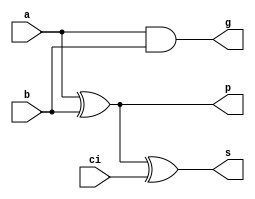
// Variable bit-width carry lookahead adders
//
// TT

module MFA
(
    input   a,
    input   b,
    input   ci,
    output  p,
    output  g,
    output  s
);

    assign g = a & b;
    assign p = a ^ b;
    assign s = p ^ ci;

endmodule

module LA4
(
    input   [3:0]   g,
    input   [3:0]   p,
    input           ci,
    output          G,
    output          P,
    output  [3:0]   co
);

    assign P = &p;
    assign G = g[3] | (g[2] & p[3]) | (g[1] & p[2] & p[3]) | (g[0] & p[1] & p[2] & p[3]);
    assign co[0] = ci;
    assign co[1] = g[0] | (p[0] & ci);
    assign co[2] = g[1] | (g[0] & p[1]) | (p[0] & p[1] & ci);
    assign co[3] = g[2] | (g[1] & p[2]) | (g[0] & p[1] & p[2]) | (p[0] & p[1] & p[2] & ci);

endmodule

module LA2
(
    input   [1:0]   g,
    input   [1:0]   p,
    input           ci,
    output          G,
    output          P,
    output  [1:0]   co
);

    assign P = &p;
    assign G = g[1] | (g[0] & p[1]);
    assign co[0] = ci;
    assign co[1] = g[0] | (p[0] & ci);

endmodule

module cla_adder
#(
    parameter WIDTH = 64
)
(
    input   [WIDTH-1:0]     a,
    input   [WIDTH-1:0]     b,
    input                   ci,
    output  [WIDTH-1:0]     s,
    output                  co
);

    wire    [WIDTH-1:0]     p, g;
    wire    [WIDTH-1:0]     internal_ci;

    MFA mfa_inst [WIDTH-1:0] (a, b, internal_ci, p, g, s);

    generate
        if (WIDTH == 64) begin
            wire    [15:0]      p1, g1, ci1;
            wire    [3:0]       p2, g2, ci2;
            wire                p3, g3;
            
            LA4 layer1 [15:0]   (g, p, ci1, g1, p1, internal_ci);
            LA4 layer2 [3:0]    (g1, p1, ci2, g2, p2, ci1);
            LA4 layer3          (g2, p2, ci, g3, p3, ci2);

            assign co = g3 | (p3 & ci);
        end
        else if (WIDTH == 32) begin
            wire    [7:0]       p1, g1, ci1;
            wire    [1:0]       p2, g2, ci2;
            wire                p3, g3;
            
            LA4 layer1 [7:0]    (g, p, ci1, g1, p1, internal_ci);
            LA4 layer2 [1:0]    (g1, p1, ci2, g2, p2, ci1);
            LA2 layer3          (g2, p2, ci, g3, p3, ci2);

            assign co = g3 | (p3 & ci);
        end
        else if (WIDTH == 16) begin
            wire    [3:0]       p1, g1, ci1;
            wire                p2, g2;
            
            LA4 layer1 [3:0]    (g, p, ci1, g1, p1, internal_ci);
            LA4 layer2          (g1, p1, ci, g2, p2, ci1);
            assign co = g2 | (p2 & ci);
        end
        else if (WIDTH == 8) begin
            wire    [1:0]       p1, g1, ci1;
            wire                p2, g2;
            
            LA4 layer1 [1:0]    (g, p, ci1, g1, p1, internal_ci);
            LA2 layer2          (g1, p1, ci, g2, p2, ci1);
            assign co = g2 | (p2 & ci);
        end
    endgenerate

endmodule

// Baseline design
// uses adders in different bit widths and muxes
module vbw_cla_bsln
(
    input       [63:0]  a,
    input       [63:0]  b,
    input               ci,
    input       [1:0]   control,
    output  reg [63:0]  s,
    output              co
);

    wire    [63:0]      s64, s32, s16, s8;
    wire                controlled_ci;
    wire                controlled_co;

    assign controlled_ci = (control==2'b00)?ci:1'b0;
    assign co = (control==2'b00)?controlled_co:1'b0;

    // 1x 64bit
    cla_adder #(64) add64_0(a, b, controlled_ci, s64, controlled_co);

    // 2x 32bit
    cla_adder #(32) add32_1(a[63:32], b[63:32], 1'b0, s32[63:32], );

    // 4x 16bit
    cla_adder #(16) add16_3(a[63:48], b[63:48], 1'b0, s16[63:48], );
    cla_adder #(16) add16_2(a[31:16], b[31:16], 1'b0, s16[31:16], );

    // 8x 8bit
    cla_adder #(8) add8_7(a[63:56], b[63:56], 1'b0, s8[63:56], );
    cla_adder #(8) add8_6(a[47:40], b[47:40], 1'b0, s8[47:40], );
    cla_adder #(8) add8_5(a[31:24], b[31:24], 1'b0, s8[31:24], );
    cla_adder #(8) add8_4(a[15:8], b[15:8], 1'b0, s8[15:8], );

    always @(*) begin
        case (control)
            2'b00: s = s64;
            2'b01: s = {s32[63:32], s64[31:0]};
            2'b10: s = {s16[63:48], s32[47:32], s16[31:16], s64[15:0]};
            2'b11: s = {s8[63:56], s16[55:48], s8[47:40], s32[39:32], s8[31:24], s16[23:16], s8[15:8], s64[7:0]};
        endcase
    end

endmodule

// Baseline design
// uses adders in different bit widths and muxes
module vbw_cla_kill
(
    input       [63:0]  a,
    input       [63:0]  b,
    input               ci,
    input       [1:0]   control,
    output      [63:0]  s,
    output              co
);
    wire    [63:0]      p, g;
    wire    [63:0]      p_controlled, g_controlled;
    wire    [63:0]      internal_ci;
    wire    [15:0]      p1, g1, ci1;
    wire    [3:0]       p2, g2, ci2;
    wire                p3, g3;
    reg     [63:0]      internal_control;
    wire                ci_controlled, co_controlled;

    always @(*) begin
        case (control)
            2'b00: internal_control = 64'hffff_ffff_ffff_ffff;
            2'b01: internal_control = 64'hffff_ffff_7fff_ffff;
            2'b10: internal_control = 64'h7fff_7fff_7fff_7fff;
            2'b11: internal_control = 64'h7f7f_7f7f_7f7f_7f7f;
        endcase
    end

    MFA mfa_inst [63:0] (a, b, internal_ci, p, g, s);

    assign p_controlled = p & internal_control;
    assign g_controlled = g & internal_control;

    LA4 layer1 [15:0]   (g_controlled, p_controlled, ci1, g1, p1, internal_ci);
    LA4 layer2 [3:0]    (g1, p1, ci2, g2, p2, ci1);
    LA4 layer3          (g2, p2, ci_controlled, g3, p3, ci2);

    assign co_controlled = g3 | (p3 & ci_controlled);

    assign ci_controlled = (control == 2'b00)? ci : 1'b0;
    assign co = (control == 2'b00)? co_controlled : 1'b0;

endmodule

module vbw_cla_nci
(
    input       [63:0]  a,
    input       [63:0]  b,
    input               ci,
    input       [1:0]   control,
    output      [63:0]  s,
    output              co
);

    wire    [63:0]  p1, g1, ci1;
    wire    [31:0]  p2, g2, ci2;
    wire    [15:0]  p3, g3, ci3;
    wire    [7:0]   p4, g4, ci4, ci4_controlled;
    wire    [3:0]   p5, g5, ci5, ci5_controlled;
    wire    [1:0]   p6, g6, ci6, ci6_controlled;
    wire            p7, g7;
    wire            ci_controlled, co_controlled;

    MFA mfa_inst [63:0] (a, b, ci1, p1, g1, s);

    LA2 layer1 [31:0] (g1, p1, ci2, g2, p2, ci1);
    LA2 layer2 [15:0] (g2, p2, ci3, g3, p3, ci2);
    LA2 layer3 [7:0]  (g3, p3, ci4_controlled, g4, p4, ci3);
    LA2 layer4 [3:0]  (g4, p4, ci5_controlled, g5, p5, ci4);
    LA2 layer5 [1:0]  (g5, p5, ci6_controlled, g6, p6, ci5);
    LA2 layer6        (g6, p6, ci_controlled, g7, p7, ci6);

    assign co_controlled = g7 | (p7 & ci);

    assign ci6_controlled = (control == 2'b01)? 2'b0 : ci6;
    assign ci5_controlled = (control == 2'b10)? 4'b0 : ci5;
    assign ci4_controlled = (control == 2'b11)? 8'b0 : ci4;

    assign ci_controlled = (control == 2'b00)? ci: 1'b0;
    assign co = (control == 2'b00)? co_controlled : 1'b0;

endmodule